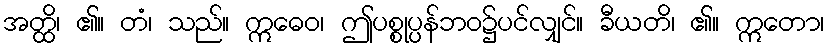
အတ္ထိ၊ ၏။ တံ၊ သည်။ ဣဓေဝ၊ ဤပစ္စုပ္ပန်ဘဝ၌ပင်လျှင်။ ခီယတိ၊ ၏။ ဣတော၊